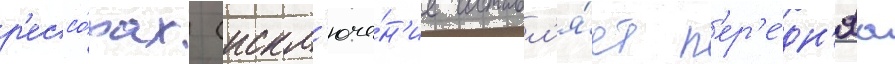
р'ессо́рах (искл'юче́н'ие составл'я́ет п'ер'е́дн'яа